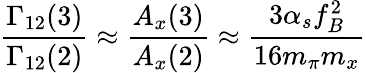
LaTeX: \frac{\Gamma_{12}(3)}{\Gamma_{12}(2)}\approx\frac{A_{x}(3)}{A_{x}(2)}\approx\frac{3\alpha_{s}f_{B}^{2}}{16m_{\pi}m_{x}}